Leaving Certificate Examination, 1909
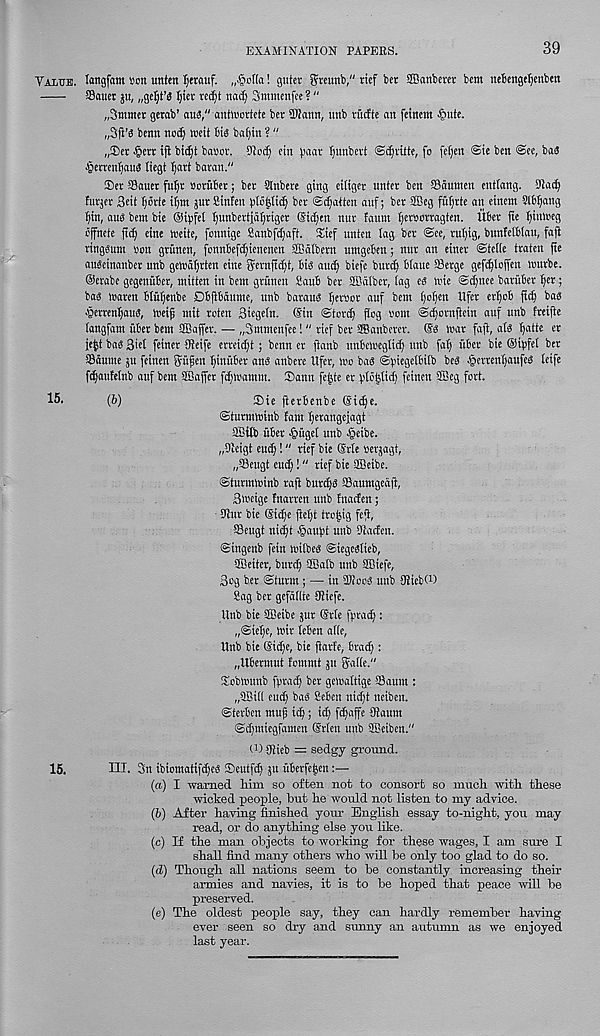
EXAMINATION PAPERS.
39
Value, langfam son unten Ijerauf. „§of(a! guter ^teunb," vtcf bet Sffianbercr bent nebenge^enben
SSanet ju, „ge^t’3 Ijtev te^t nad( Sntmenfee ? "
„3ntmer gerab’ au3," anttsortcte ber 3Uann, unb rudte an feinem •Sjute.
„3|i’S benn noc^ tseit bis baljin ? "
„®ei §ert tjl bii^t basov. 9Ioc^ tin b'ws ^unbevt ©^ritte, fo fefjen @ie ben @ee, ba3
■ ipertenljaus liegt I)art batan."
®er Sauer fuljt soriiber; ber Slnbere ging eiliger unter ben Sdttmen euttang.
furjer Beit tjbrie Hint jur fiinfeu i)Io|tt^ bet ©fatten auf; ber Sffieg fiiljrte an eincm Slbl^ang
tjin, aus bent bte ®ibfet tjunbertidljriger @ic[)ett nut faunt f)er»orragten. Uber fie Ifintreg
ojfnete jtc§ etne iseite, fonntge Sanbfdjaff. Xief unten lag ber @ee, rul)tg, bunfetbtau, faji
rtngsunt son griinen, fonnbefc^ieneneu SBatbern untgeben; nur an einet ©tefie iraten fie
attSctnattber unb geisdljrten etne gernfidji, bis and) biefe burdf biaue Serge gefdjloffett tsurbe.
©erabe gegettuber, mitten in bent gtunett Saub ber Sl'dlber, fag es tsie @d)ttee batuber Ifer;
bas tsaren btuljenbe Dbpaunte, unb baratts fjetsor auf bem fjofjen lifer er^ob fief) bas
•petren^auS, tsetf mit rofen Biegefn. ©in ©toref) flog sent ©dfornftcin auf ttnb fteifie
(angfant uber bem SBaffer. — „3mntenfee! " rief ber SBanbetet. ®S tsar fafi, afs ^atte er
fe^t bas Biel feinet SUeife erreidjt; benn er fianb unbetsegltc^ nub fa^ fiber bie ©ipfef ber
Sduute ju feinen ffufett Ijiniiber ans anbere Ufcr, tso bas ©(.negelbitb bes ^ertenljaufeb fetfe
fc^aufetnb auf bem Staffer fdjtsantm. Santt fe^te er fdofftidf feinett 3Beg fort.
15.
(6)
®ie jlerbenbe ©i^e.
©turmtsinb fam fjerangejagt
Stilt fiber ^figef unb Jpetbe.
„9ieigt eu^!" rief bie ©rfe serjagt,
„Seugt eud;!" rief bie SBeibe.
©turmtsinb rafi butdjs Saumgedfi,
Btseige fnarren unb Inaden;
9lttr bie ®'id)c fieljt tro^ig feji,
Seugt nie^t ^auftt uttb Stadeu.
©ingenb fein tsilbes ©iegeslieb,
SBeitcr, bure^ SBaib unb Sffiiefe,
Bog ber ©turm; — in SIooS unb ffliebi 1 )
Sag ber gefdflte 9iiefe.
Unb bie SSeibe jut ©rle fprad):
„@tef)c ; tsir leben afie,
Uttb bie ©idle, bie ftavfe, brad;:
„Ubermut fommt ju ffatfe."
Sobtsimb fpvad) bet geisattige Sattm :
„©t(( eud; bas Seben ntd)t neibett.
©terben muji id); id) fdjaffe fftaunt
©c^ntiegfamen ©rlen mtb Sfficiben."
t 1 ) 9Jieb = sedgy ground.
15.
III. 3tt ibiomatifi^es ®cutfd) jtt fiberfe|ett
(a.) I warned Mm so often not to consort so much with these
wicked people, hut he would not listen to my advice.
(b) After having finished your English essay to-night, you may
read, or do anything else you like.
(c) If the man objects to working for these wages, I am sure I
shall find many others who will he only too glad to do so.
(<Z) Though all nations seem to he constantly increasing their
armies and navies, it is to he hoped that peace will he
preserved.
(e) The oldest people say, they can hardly rememher having
ever seen so dry and sunny an autumn as we enjoyed
last year.